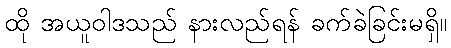
ထို အယူဝါဒသည် နားလည်ရန် ခက်ခဲခြင်းမရှိ။